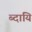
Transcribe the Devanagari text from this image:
ब्दायि